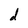
Character: d